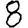
Digit: 8